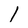
Character: l